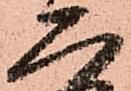
二